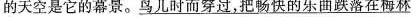
的天空是它的幕景。鸟儿时而穿过，把畅快的乐曲跌落在梅林